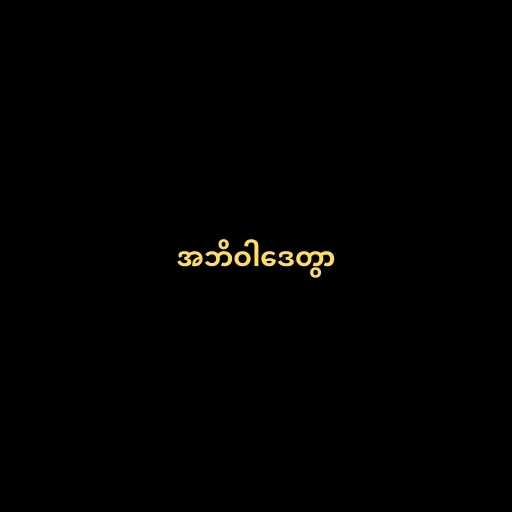
အဘိဝါဒေတွာ